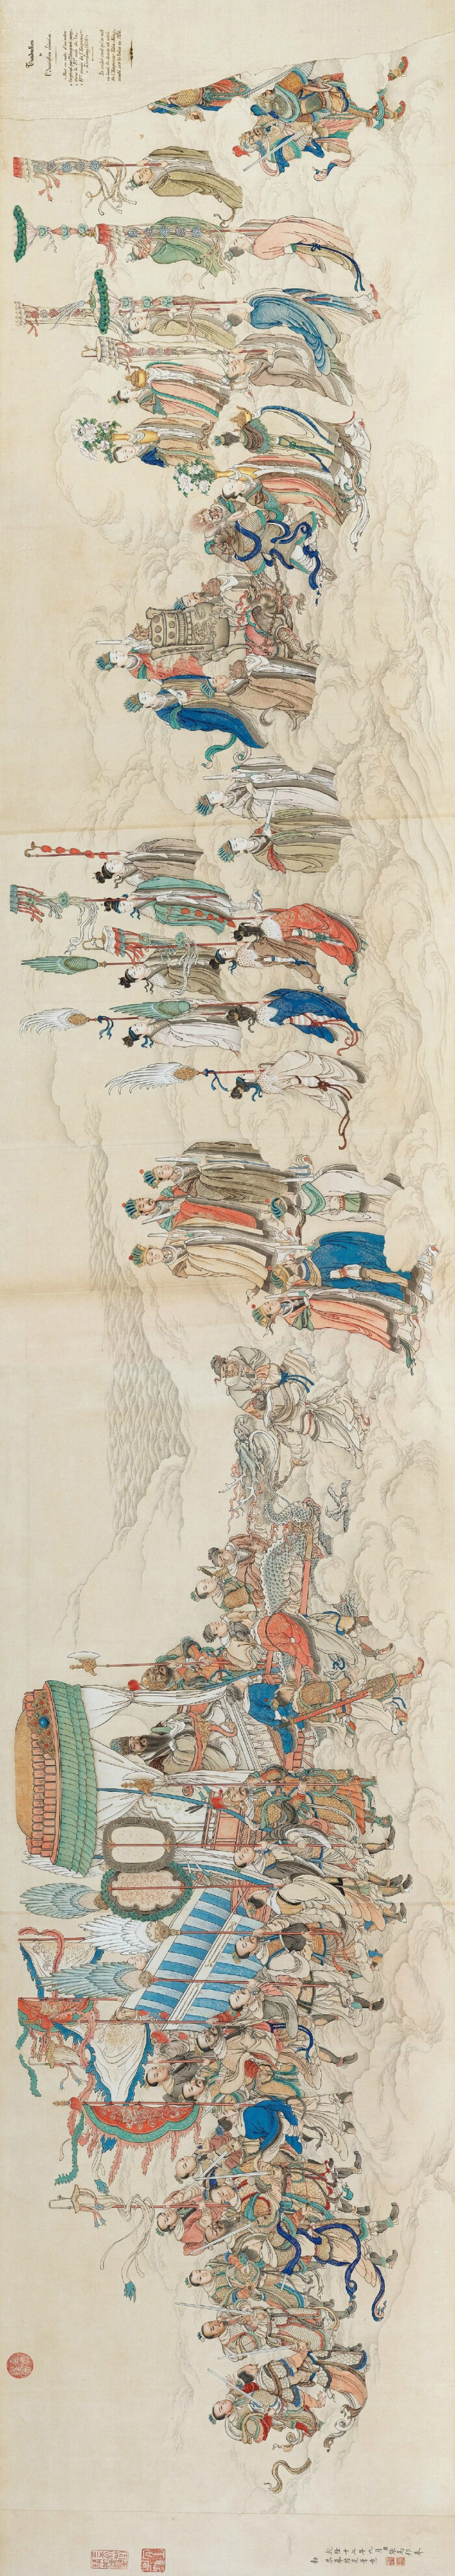
将受命之日则忘其家，临军约束则忘其亲，援枹鼓之急则忘其身。